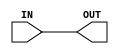

/*                                          ALU FUNCTIONAL UNITS MODULES                                    */



// ********************** FORWARD FUNCTIONAL UNIT *************************
module FORWARD_8bit (IN, OUT);

    // Input output port declaration
    input [7:0] IN;
    output [7:0] OUT;
                  
    assign #1  OUT = IN;           // delay 1 simulation time unit    

endmodule
// ************************************************************************



// ************************ ADDER FUNCTIONAL UNIT *************************
module ADDER_8bit (IN1, IN2, OUT);    

    // Input output port declaration
    input [7:0] IN1, IN2;
    output [7:0] OUT;

    assign #2 OUT = IN1 + IN2;            // delay 2 simulation time units

endmodule
// ************************************************************************



// *************************** AND FUNCTIONAL UNIT ************************
module AND_8bit (IN1, IN2, OUT);

    // Input output port declaration 
    input [7:0] IN1, IN2;
    output [7:0] OUT;

    assign #1 OUT = IN1 & IN2;        // delay 1 simulation time unit

endmodule
// ************************************************************************



// ************************* OR FUNCTIONAL UNIT ***************************
module OR_8bit (IN1, IN2, OUT);

    // Input output port declaration 
    input [7:0] IN1, IN2;
    output [7:0] OUT;
       
    assign #1 OUT = IN1 | IN2;        // delay 1 simulation time unit

endmodule
// ************************************************************************



// ************************* MULT FUNCTIONAL UNIT *************************
module MULTIPLIER_8bit (IN1, IN2, OUT);    

    // Input output port declaration
    input [7:0] IN1, IN2;
    output [7:0] OUT;

    // Temp wires
    wire [7:0] w0, w1, w2, w3, w4, w5, w6, w7;

    and8x1 m0 (w0,              IN1, IN2[0]);
    and8x1 m1 (w1, {IN1[6:0], 1'b0}, IN2[1]);
    and8x1 m2 (w2, {IN1[5:0], 2'b0}, IN2[2]);
    and8x1 m3 (w3, {IN1[4:0], 3'b0}, IN2[3]);
    and8x1 m4 (w4, {IN1[3:0], 4'b0}, IN2[4]);
    and8x1 m5 (w5, {IN1[2:0], 5'b0}, IN2[5]);
    and8x1 m6 (w6, {IN1[1:0], 6'b0}, IN2[6]);
    and8x1 m7 (w7, {IN1[0]  , 7'b0}, IN2[7]);

    assign #3 OUT = w0 + w1 + w2 + w3 + w4 + w5 + w6 + w7;    

endmodule
// ************************************************************************



// ************************ LEFT SHIFT FUNCTIONAL UNIT ********************
module SHIFT_LEFT_8bit (IN, SHIFT, OUT);

  // Input output port declaration
  input [7:0] IN, SHIFT;
  output [7:0] OUT;
  
  // Internal wires
  wire [7:0] out1, out2, out3, out4;

  /* SIGN BIT CONVENTION -----------------
    SHIFT[7:6]=00 => logical left shift
    SHIFT[7:6]=01 => arithmetic left shift
    SHIFT[7:6]=10 => rotate right
  */

  // SHIFT[0] => (0,1)
  wire lsb0;
  muxLSB lsb0_mux(lsb0, IN[7], IN[0], 1'b0, SHIFT[7:6]);
  mux m1_0 (out1[0],  lsb0, IN[0], SHIFT[0]);
  mux m1_1 (out1[1], IN[0], IN[1], SHIFT[0]);
  mux m1_2 (out1[2], IN[1], IN[2], SHIFT[0]);
  mux m1_3 (out1[3], IN[2], IN[3], SHIFT[0]);
  mux m1_4 (out1[4], IN[3], IN[4], SHIFT[0]);
  mux m1_5 (out1[5], IN[4], IN[5], SHIFT[0]);
  mux m1_6 (out1[6], IN[5], IN[6], SHIFT[0]);
  mux m1_7 (out1[7], IN[6], IN[7], SHIFT[0]);

  // SHIFT[1] => (2,3)
  wire lsb1_0, lsb1_1;
  muxLSB lsb1_0_mux(lsb1_0, out1[6], IN[0], 1'b0, SHIFT[7:6]);
  muxLSB lsb1_1_mux(lsb1_1, out1[7], IN[0], 1'b0, SHIFT[7:6]);
  mux m2_0 (out2[0],  lsb1_0, out1[0], SHIFT[1]);
  mux m2_1 (out2[1],  lsb1_1, out1[1], SHIFT[1]);
  mux m2_2 (out2[2], out1[0], out1[2], SHIFT[1]);
  mux m2_3 (out2[3], out1[1], out1[3], SHIFT[1]);
  mux m2_4 (out2[4], out1[2], out1[4], SHIFT[1]);
  mux m2_5 (out2[5], out1[3], out1[5], SHIFT[1]);
  mux m2_6 (out2[6], out1[4], out1[6], SHIFT[1]);
  mux m2_7 (out2[7], out1[5], out1[7], SHIFT[1]);

  // SHIFT[2] => (4,5,6,7)
  wire lsb2_3, lsb2_2, lsb2_1, lsb2_0;
  muxLSB lsb2_0_mux(lsb2_0, out2[4], IN[0], 1'b0, SHIFT[7:6]);
  muxLSB lsb2_1_mux(lsb2_1, out2[5], IN[0], 1'b0, SHIFT[7:6]);
  muxLSB lsb2_2_mux(lsb2_2, out2[6], IN[0], 1'b0, SHIFT[7:6]);
  muxLSB lsb2_3_mux(lsb2_3, out2[7], IN[0], 1'b0, SHIFT[7:6]);
  mux m3_0 (out3[0],  lsb2_0, out2[0], SHIFT[2]);
  mux m3_1 (out3[1],  lsb2_1, out2[1], SHIFT[2]);
  mux m3_2 (out3[2],  lsb2_2, out2[2], SHIFT[2]);
  mux m3_3 (out3[3],  lsb2_3, out2[3], SHIFT[2]);
  mux m3_4 (out3[4], out2[0], out2[4], SHIFT[2]);
  mux m3_5 (out3[5], out2[1], out2[5], SHIFT[2]);
  mux m3_6 (out3[6], out2[2], out2[6], SHIFT[2]);
  mux m3_7 (out3[7], out2[3], out2[7], SHIFT[2]);

  // SHIFT[3] => (8)
  wire lsb3_7, lsb3_6, lsb3_5, lsb3_4, lsb3_3, lsb3_2, lsb3_1, lsb3_0;
  muxLSB lsb3_0_mux(lsb3_0, out3[0], IN[0], 1'b0, SHIFT[7:6]);
  muxLSB lsb3_1_mux(lsb3_1, out3[1], IN[0], 1'b0, SHIFT[7:6]);
  muxLSB lsb3_2_mux(lsb3_2, out3[2], IN[0], 1'b0, SHIFT[7:6]);
  muxLSB lsb3_3_mux(lsb3_3, out3[3], IN[0], 1'b0, SHIFT[7:6]);
  muxLSB lsb3_4_mux(lsb3_4, out3[4], IN[0], 1'b0, SHIFT[7:6]);
  muxLSB lsb3_5_mux(lsb3_5, out3[5], IN[0], 1'b0, SHIFT[7:6]);
  muxLSB lsb3_6_mux(lsb3_6, out3[6], IN[0], 1'b0, SHIFT[7:6]);
  muxLSB lsb3_7_mux(lsb3_7, out3[7], IN[0], 1'b0, SHIFT[7:6]);
  mux m4_0 (out4[0], lsb3_0, out3[0], SHIFT[3]);
  mux m4_1 (out4[1], lsb3_1, out3[1], SHIFT[3]);
  mux m4_2 (out4[2], lsb3_2, out3[2], SHIFT[3]);
  mux m4_3 (out4[3], lsb3_3, out3[3], SHIFT[3]);
  mux m4_4 (out4[4], lsb3_4, out3[4], SHIFT[3]);
  mux m4_5 (out4[5], lsb3_5, out3[5], SHIFT[3]);
  mux m4_6 (out4[6], lsb3_6, out3[6], SHIFT[3]);
  mux m4_7 (out4[7], lsb3_7, out3[7], SHIFT[3]);

  assign #3 OUT = out4;


endmodule
// ************************************************************************



// *********************** RIGHT SHIFT FUNCTINAL UNIT *********************
module SHIFT_RIGHT_8bit (IN, SHIFT, OUT);

  // Input output port declaration
  input [7:0] IN, SHIFT;
  output [7:0] OUT;

  /* SIGN BIT CONVENTION ---------------
    SHIFT[7]=0 => logical right shift
    SHIFT[7]=1 => arithmetic right shift
  */

  // Internal wires
  wire [7:0] out1, out2, out3, out4;

  // MSB
  wire msb;
  mux msb_mux(msb, IN[7], 1'b0, SHIFT[7]);

  // SHIFT[0] => (0,1)
  mux m1_0 (out1[0], IN[1], IN[0], SHIFT[0]);
  mux m1_1 (out1[1], IN[2], IN[1], SHIFT[0]);
  mux m1_2 (out1[2], IN[3], IN[2], SHIFT[0]);
  mux m1_3 (out1[3], IN[4], IN[3], SHIFT[0]);
  mux m1_4 (out1[4], IN[5], IN[4], SHIFT[0]);
  mux m1_5 (out1[5], IN[6], IN[5], SHIFT[0]);
  mux m1_6 (out1[6], IN[7], IN[6], SHIFT[0]);
  mux m1_7 (out1[7],   msb, IN[7], SHIFT[0]);

  // SHIFT[1] => (2,3)
  mux m2_0 (out2[0], out1[2], out1[0], SHIFT[1]);
  mux m2_1 (out2[1], out1[3], out1[1], SHIFT[1]);
  mux m2_2 (out2[2], out1[4], out1[2], SHIFT[1]);
  mux m2_3 (out2[3], out1[5], out1[3], SHIFT[1]);
  mux m2_4 (out2[4], out1[6], out1[4], SHIFT[1]);
  mux m2_5 (out2[5], out1[7], out1[5], SHIFT[1]);
  mux m2_6 (out2[6],     msb, out1[6], SHIFT[1]);
  mux m2_7 (out2[7],     msb, out1[7], SHIFT[1]);

  // SHIFT[2] => (4,5,6,7)
  mux m3_0 (out3[0], out2[4], out2[0], SHIFT[2]);
  mux m3_1 (out3[1], out2[5], out2[1], SHIFT[2]);
  mux m3_2 (out3[2], out2[6], out2[2], SHIFT[2]);
  mux m3_3 (out3[3], out2[7], out2[3], SHIFT[2]);
  mux m3_4 (out3[4],     msb, out2[4], SHIFT[2]);
  mux m3_5 (out3[5],     msb, out2[5], SHIFT[2]);
  mux m3_6 (out3[6],     msb, out2[6], SHIFT[2]);
  mux m3_7 (out3[7],     msb, out2[7], SHIFT[2]);

  // SHIFT[3] => (8)
  mux m4_0 (out4[0], msb, out3[0], SHIFT[3]);
  mux m4_1 (out4[1], msb, out3[1], SHIFT[3]);
  mux m4_2 (out4[2], msb, out3[2], SHIFT[3]);
  mux m4_3 (out4[3], msb, out3[3], SHIFT[3]);
  mux m4_4 (out4[4], msb, out3[4], SHIFT[3]);
  mux m4_5 (out4[5], msb, out3[5], SHIFT[3]);
  mux m4_6 (out4[6], msb, out3[6], SHIFT[3]);
  mux m4_7 (out4[7], msb, out3[7], SHIFT[3]);

  assign #3 OUT = out4;


endmodule
// ************************************************************************




// *************************** mux ****************************************
module mux (OUT, IN1, IN0, SEL);

  // Input output port declaration
  input IN1, IN0;
  input SEL;
  output reg OUT;

  always @ (IN1, IN0, SEL) 
  begin

    case (SEL)
      1'b0:
        OUT = IN0;
      1'b1:
        OUT = IN1;
    endcase

  end

endmodule
// ************************************************************************


// *************************** muxLSB *************************************
module muxLSB (OUT, IN2, IN1, IN0, SEL);

  // Input output port declaration
  input IN2, IN1, IN0;
  input [1:0] SEL;
  output  reg OUT;

  always @ (IN2, IN1, IN0, SEL) 
  begin

    case (SEL)
      2'b00:
        OUT = IN0;
      2'b01:
        OUT = IN1;
      2'b10:
        OUT = IN2;
    endcase

  end

endmodule
// ************************************************************************


// ******************************* and8x1 *********************************
module and8x1 (OUT, IN, BIT);

  // Input output port declaration
  input [7:0] IN;
  input BIT;
  output [7:0] OUT;

  and and0(OUT[0], IN[0], BIT);
  and and1(OUT[1], IN[1], BIT);
  and and2(OUT[2], IN[2], BIT);
  and and3(OUT[3], IN[3], BIT);
  and and4(OUT[4], IN[4], BIT);
  and and5(OUT[5], IN[5], BIT);
  and and6(OUT[6], IN[6], BIT);
  and and7(OUT[7], IN[7], BIT);

endmodule
// ************************************************************************